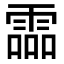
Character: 霝